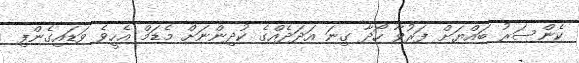
ކެންސަރު ބައްޔަށް ފަރުވާ ހޯދާ ގިނަ އަދަދެއްގެ ކުދިންނަށް މެޑަމް އެހީވެ ވަޑައިގެންފި